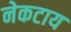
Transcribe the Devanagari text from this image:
नेकटाय